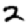
Digit: 2